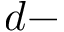
d -